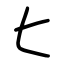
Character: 匕